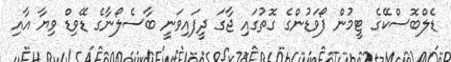
ޑެލްބޮސްކޭގެ ޓީމުން ފޯވަޑުންގެ ގޮތުގައި ޖާގަ ދީފައިވަނީ ބާސެލޯނާގެ ޑޭވިޑް ވިޔާ އާއި